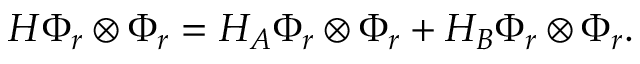
H \Phi _ { r } \otimes \Phi _ { r } = H _ { A } \Phi _ { r } \otimes \Phi _ { r } + H _ { B } \Phi _ { r } \otimes \Phi _ { r } .